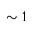
\sim 1